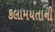
કલામયતાની